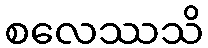
စလေဿသိ